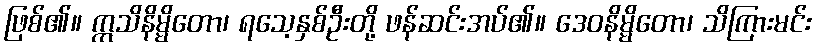
ဖြစ်၏။ ဣသိနိမ္မိတော၊ ရသေ့နှစ်ဦးတို့ ဖန်ဆင်းအပ်၏။ ဒေဝနိမ္မိတော၊ သိကြားမင်း